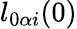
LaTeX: l_{0\alpha i}(0)